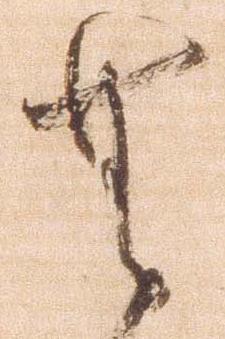
無